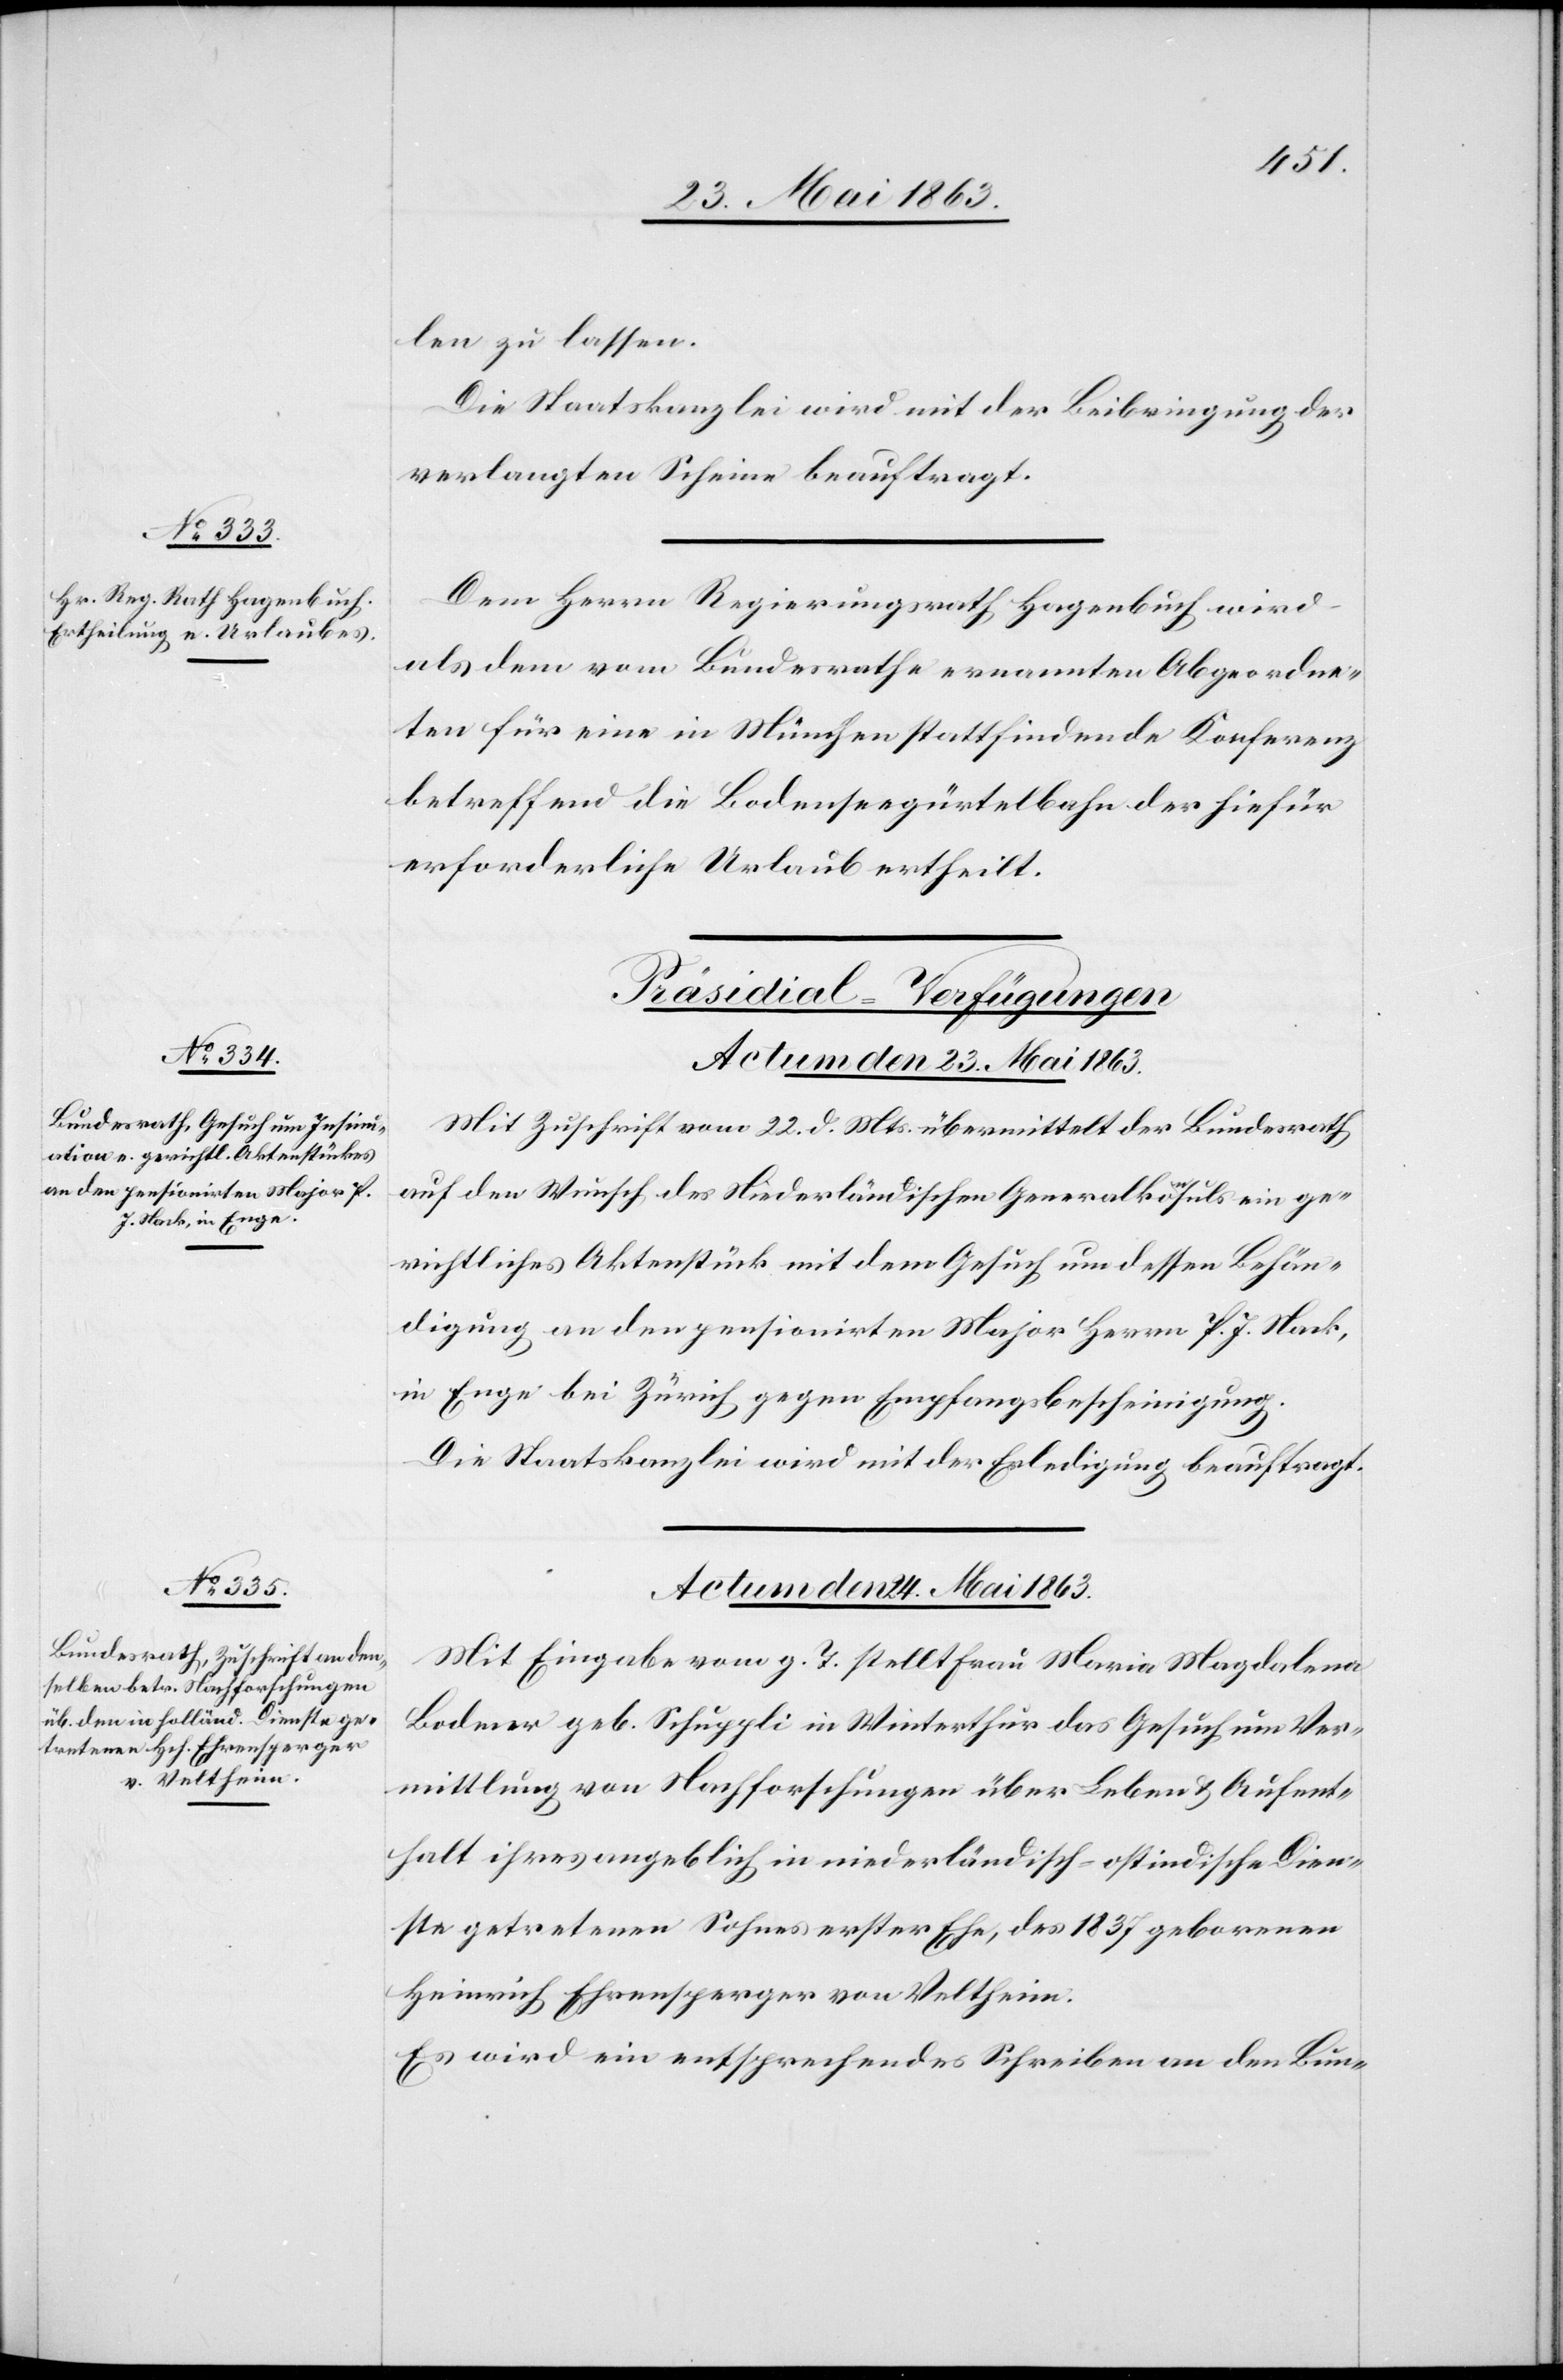
len zu lassen.
Die Staatskanzlei wird mit der Beibringung der
verlangten Scheine beauftragt.
Dem Herrn Regierungsrath Hagenbuch wird
als dem vom Bundesrathe ernannten Abgeordne¬
ten für eine in München stattfindende Konferenz
betreffend die Bodenseegürtelbahn der hiefür
erforderliche Urlaub ertheilt.
[Präsidial-Verfügungen.]
Actum den 24. Mai 1863.
Mit Zuschrift vom 22. d. Mts. übermittelt der Bundesrath
auf den Wunsch des Niederländischen Generalkonsuls ein ge¬
richtliches Aktenstück mit dem Gesuch um dessen Behän¬
digung an den pensionirten Major Herrn P. J. Nack,
in Enge bei Zürich gegen Empfangsbescheinigung.
Die Staatskanzlei wird mit der Erledigung beauftragt.
Mit Eingabe vom g. T. stellt Frau Maria Magdalena
Bodmer geb. Schuppli in Winterthur das Gesuch um Ver¬
mittlung von Nachforschungen über Leben & Aufent¬
halt ihres angeblich in niederländisch-ostindische Dien¬
ste getretenen Sohnes erster Ehe, des 1837 geborenen
Heinrich Ehrensperger von Veltheim.
Es wird ein entsprechendes Schreiben an den Bun-